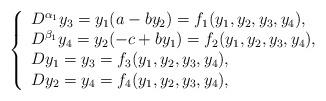
LaTeX: \begin{align*}\left\{\begin{array}{ll} D^{\alpha_1}y_3=y_1(a-by_2)=f_1(y_1,y_2,y_3,y_4),\\ D^{\beta_1}y_4=y_2(-c+by_1)=f_2(y_1,y_2,y_3,y_4), \\ Dy_1=y_3=f_3(y_1,y_2,y_3,y_4), \\ Dy_2=y_4=f_4(y_1,y_2,y_3,y_4),\\\end{array}\right.\end{align*}